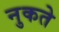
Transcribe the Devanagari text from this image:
नुकते